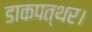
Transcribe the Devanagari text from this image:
डाकपत्थर।